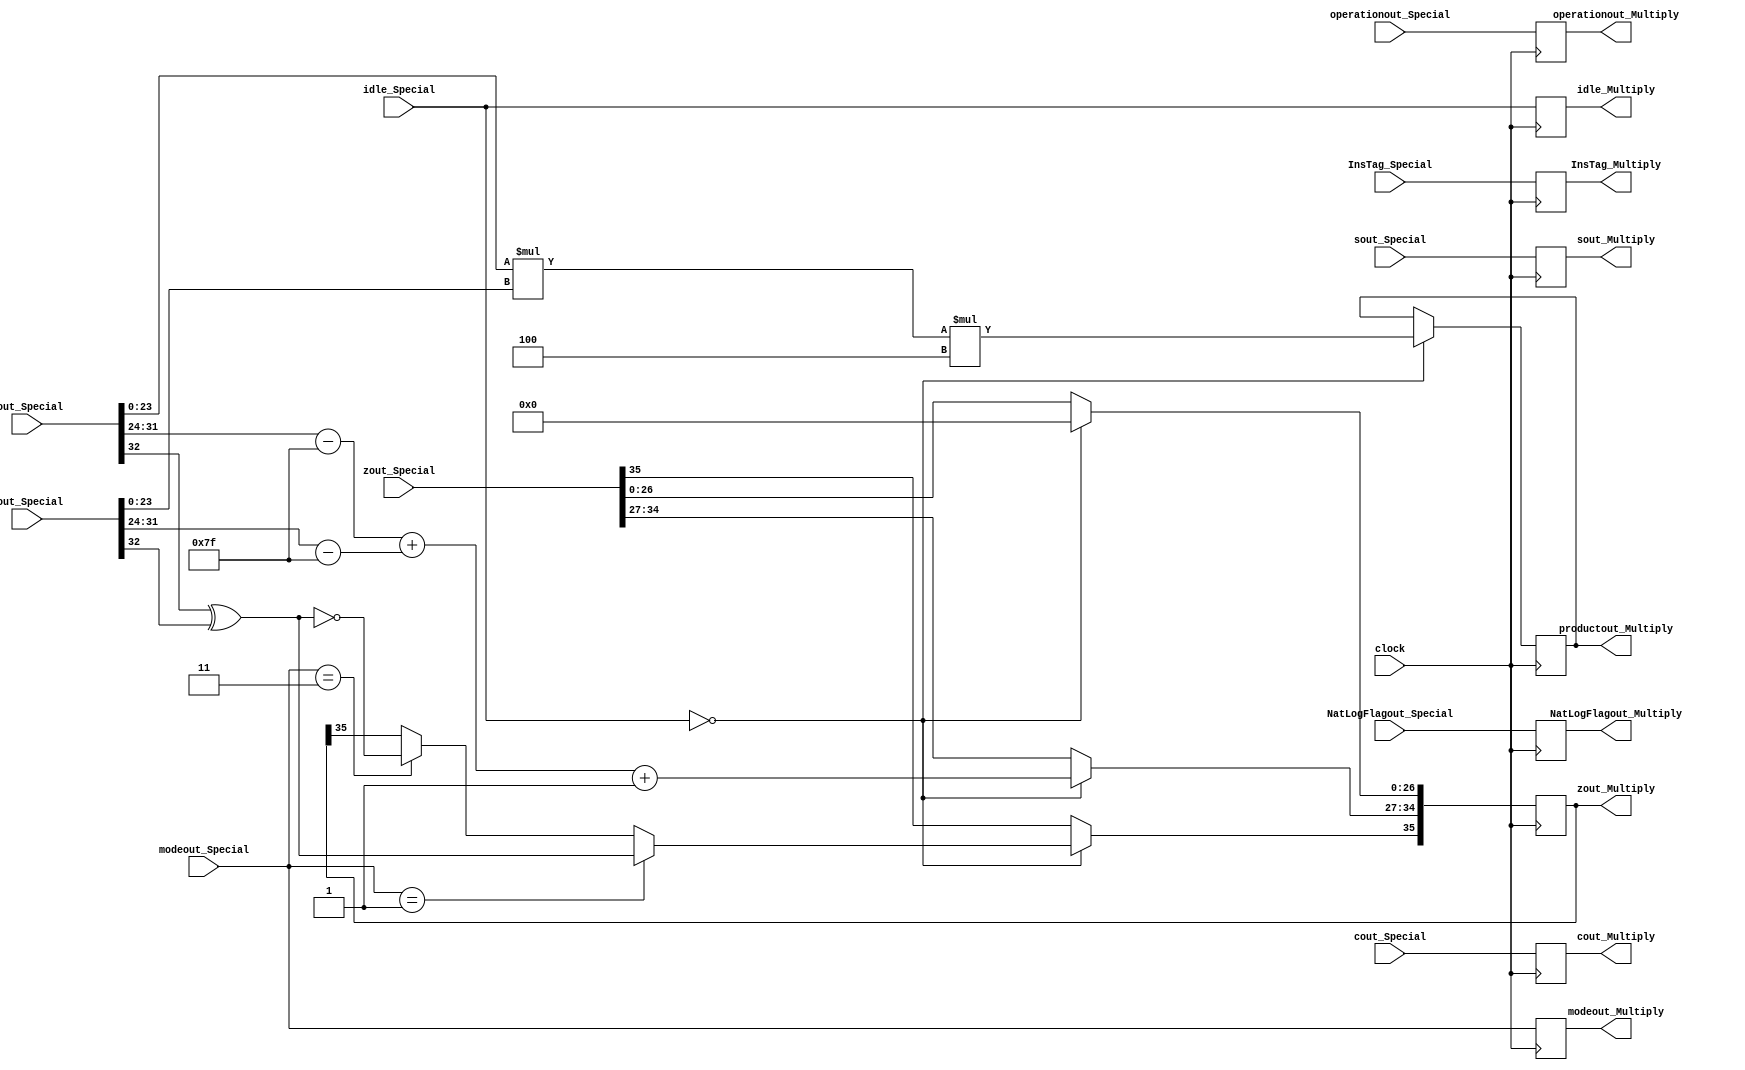
`timescale 1ns / 1ps
//////////////////////////////////////////////////////////////////////////////////
// Company: 
// Engineer: 
// 
// Design Name: 
// Module Name:    MultiplyState 
// Project Name: 
// Target Devices: 
// Tool versions: 
// Description: 
//
// Dependencies: 
//
// Revision: 
// Revision 0.01 - File Created
// Additional Comments: 
//
//////////////////////////////////////////////////////////////////////////////////
module MultiplyState(
	input [32:0] aout_Special,
	input [32:0] bout_Special,
	input [35:0] cout_Special,
	input [35:0] zout_Special,
	input [31:0] sout_Special,
	input [1:0] modeout_Special,
	input operationout_Special,
	input NatLogFlagout_Special,
	input [7:0] InsTag_Special,
	input clock,
	input [1:0] idle_Special,
	output reg [1:0] idle_Multiply,
	output reg [35:0] cout_Multiply,
	output reg [35:0] zout_Multiply,
	output reg [31:0] sout_Multiply,
	output reg [1:0]  modeout_Multiply,
	output reg operationout_Multiply,
	output reg NatLogFlagout_Multiply,
	output reg [49:0] productout_Multiply,
	output reg [7:0] InsTag_Multiply
    );

parameter mode_circular  =2'b01, 
			 mode_linear    =2'b00, 
			 mode_hyperbolic=2'b11;

parameter no_idle = 2'b00,
			 allign_idle = 2'b01,
			 put_idle = 2'b10;

wire a_sign;
wire [7:0] a_exponent;
wire [23:0] a_mantissa;

wire b_sign;
wire [7:0] b_exponent;
wire [23:0] b_mantissa;

assign a_sign = aout_Special[32];
assign a_exponent = aout_Special[31:24] - 127;
assign a_mantissa = {aout_Special[23:0]};

assign b_sign = bout_Special[32];
assign b_exponent = bout_Special[31:24] - 127;
assign b_mantissa = {bout_Special[23:0]};

			 
always @ (posedge clock)
begin
	
	InsTag_Multiply <= InsTag_Special;
	sout_Multiply <= sout_Special;
	cout_Multiply <= cout_Special;
	modeout_Multiply <= modeout_Special;
	operationout_Multiply <= operationout_Special;
	idle_Multiply <= idle_Special;
	NatLogFlagout_Multiply <= NatLogFlagout_Special;
	
	if (idle_Special == no_idle) begin
	
		if (modeout_Special == mode_circular) begin
			zout_Multiply[35] <= a_sign ^ b_sign;
		end
		else if (modeout_Special == mode_hyperbolic) begin
			zout_Multiply[35] <= ~(a_sign ^ b_sign);
		end
		zout_Multiply[34:27] <= a_exponent + b_exponent + 1;
		zout_Multiply[26:0] <= 0;
		productout_Multiply <= a_mantissa * b_mantissa * 4;
		
	end
	
	else begin
		zout_Multiply <= zout_Special;
	end
end
endmodule